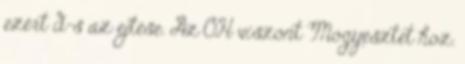
ezért d-s az ejtése. Az OH viszont Mogyesztet hoz.